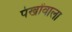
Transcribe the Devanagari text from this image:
पंखोंवाला